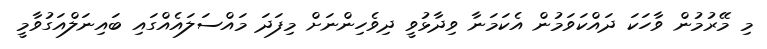
މި މޭރުމުން ވާހަކަ ދައްކަވަމުން އެކަމަނާ ވިދާޅުވީ ދިވެހިންނަށް މިފަދަ މައްސަލައެއްގައި ބައިނަލްއަގުވާމީ